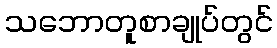
သဘောတူစာချုပ်တွင်